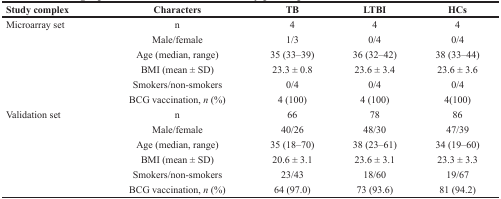
<table><thead><tr><td><b>Study complex</b></td><td><b>Characters</b></td><td><b>TB</b></td><td><b>LTBI</b></td><td><b>HCs</b></td></tr></thead><tbody><tr><td>Microarray set</td><td>n</td><td>4</td><td>4</td><td>4</td></tr><tr><td></td><td>Male/female</td><td>1/3</td><td>0/4</td><td>0/4</td></tr><tr><td></td><td>Age (median, range)</td><td>35 (33–39)</td><td>36 (32–42)</td><td>38 (33–44)</td></tr><tr><td></td><td>BMI (mean ± SD)</td><td>23.3 ± 0.8</td><td>23.6 ± 3.4</td><td>23.6 ± 3.6</td></tr><tr><td></td><td>Smokers/non-smokers</td><td>0/4</td><td>0/4</td><td>0/4</td></tr><tr><td></td><td>BCG vaccination, <i>n</i> (%)</td><td>4 (100)</td><td>4 (100)</td><td>4(100)</td></tr><tr><td>Validation set</td><td>n</td><td>66</td><td>78</td><td>86</td></tr><tr><td></td><td>Male/female</td><td>40/26</td><td>48/30</td><td>47/39</td></tr><tr><td></td><td>Age (median, range)</td><td>35 (18–70)</td><td>38 (23–61)</td><td>34 (19–60)</td></tr><tr><td></td><td>BMI (mean ± SD)</td><td>20.6 ± 3.1</td><td>23.6 ± 3.1</td><td>23.3 ± 3.3</td></tr><tr><td></td><td>Smokers/non-smokers</td><td>23/43</td><td>18/60</td><td>19/67</td></tr><tr><td></td><td>BCG vaccination, <i>n</i> (%)</td><td>64 (97.0)</td><td>73 (93.6)</td><td>81 (94.2)</td></tr></tbody></table>